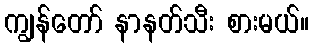
ကျွန်တော် နာနတ်သီး စားမယ်။